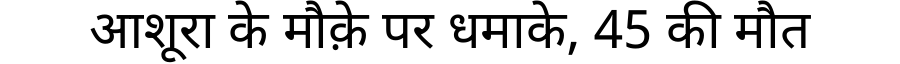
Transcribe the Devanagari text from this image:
आशूरा के मौक़े पर धमाके, 45 की मौत